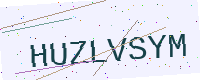
Text: HUZLVSYM